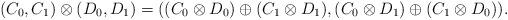
LaTeX: \begin{align*} (C_0, C_1) \otimes (D_0, D_1) = ((C_0 \otimes D_0) \oplus (C_1 \otimes D_1), (C_0 \otimes D_1) \oplus (C_1 \otimes D_0)).\end{align*}